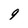
Character: 9